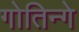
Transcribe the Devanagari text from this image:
गोतिन्गे